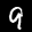
Label: 9